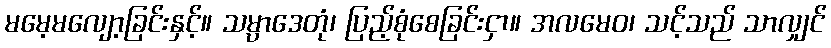
မမေ့မလျော့ခြင်းနှင့်။ သမ္ပာဒေတုံ၊ ပြည့်စုံစေခြင်းငှာ။ အလမေဝ၊ သင့်သည် သာလျှင်